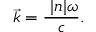
{ \vec { k } } = { \frac { \ | n | \omega } { c } } .